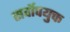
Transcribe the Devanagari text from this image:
सर्वोपयुक्त